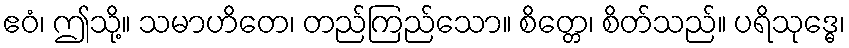
ဧဝံ၊ ဤသို့။ သမာဟိတေ၊ တည်ကြည်သော။ စိတ္တေ၊ စိတ်သည်။ ပရိသုဒ္ဓေ၊